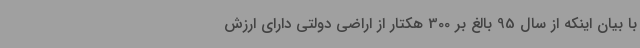
با بیان اینکه از سال 95 بالغ بر 300 هکتار از اراضی دولتی دارای ارزش